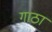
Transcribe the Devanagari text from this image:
गाठा